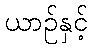
ယာဉ်နှင့်